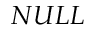
N U L L